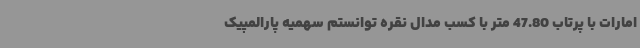
امارات با پرتاب 47.80 متر با کسب مدال نقره توانستم سهمیه پارالمپیک